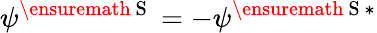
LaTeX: \psi^{\ensuremath{\mathrm{~S~}}}=-\psi^{\ensuremath{\mathrm{~S~}}*}